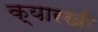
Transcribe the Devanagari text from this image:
क्यारखी